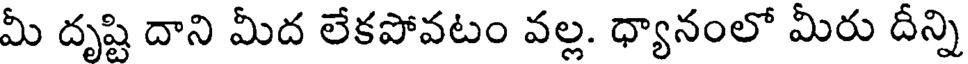
మీ దృష్టి దాని మీద లేకపోవటం వల్ల. ధ్యానంలో మీరు దీన్ని